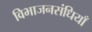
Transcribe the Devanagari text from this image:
विभाजनसंधियाँ